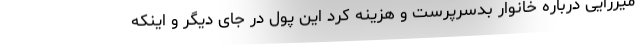
میرزایی درباره خانوار بدسرپرست و هزینه کرد این پول در جای دیگر و اینکه